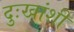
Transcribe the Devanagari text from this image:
दुःखांशी